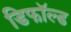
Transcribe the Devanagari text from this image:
डिफॉल्ड